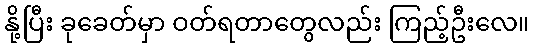
နို့ပြီး ခုခေတ်မှာ ဝတ်ရတာတွေလည်း ကြည့်ဦးလေ။